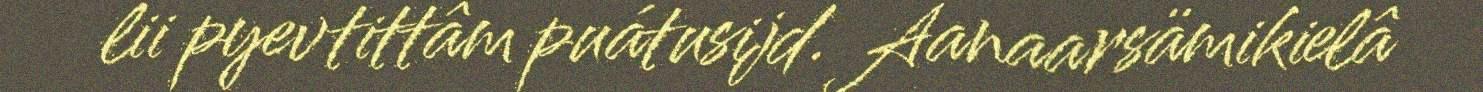
lii pyevtittâm puátusijd. Aanaarsämikielâ